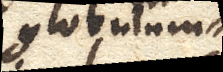
globulum